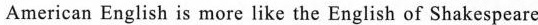
American English is more like the English of Shakespeare